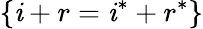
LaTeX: \{ \mathit{i}+r=\mathit{i}^{*}+r^{*}\}